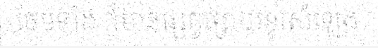
ថែមទាំង ក៏មានផ្សព្វផ្សាយនូវសំឡេង